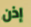
إذن